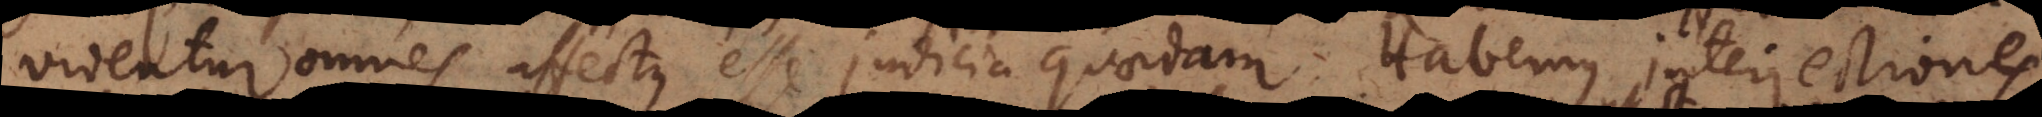
Videntur omnes affectus esse judicia quaedam. Habemus interjectiones